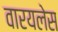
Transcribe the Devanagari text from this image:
वारयलेस